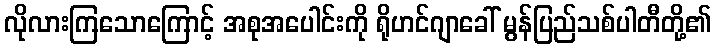
လိုလားကြသောကြောင့် အစုအပေါင်းကို ရိုဟင်ဂျာခေါ် မွန်ပြည်သစ်ပါတီတို့၏